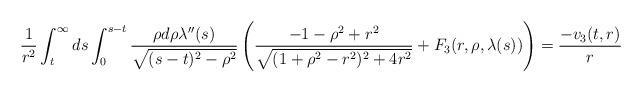
LaTeX: \begin{align*} \frac{1}{r^{2}} \int_{t}^{\infty} ds \int_{0}^{s-t} \frac{\rho d\rho \lambda''(s)}{\sqrt{(s-t)^{2}-\rho^{2}}} \left(\frac{-1-\rho^{2}+r^{2}}{\sqrt{(1+\rho^{2}-r^{2})^{2}+4r^{2}}}+F_{3}(r,\rho,\lambda(s))\right) = \frac{-v_{3}(t,r)}{r}\end{align*}